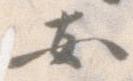
安